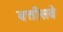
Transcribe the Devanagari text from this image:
बत्तीसवे